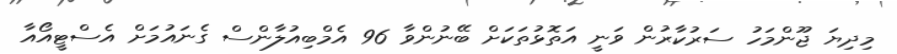
މިދިޔަ ޖޫންމަހު ސަރުކާރުން ވަނީ އަތޮޅުތަކަށް ބޭނުންވާ 96 އެމްބިއުލާންސް ގެނައުމަށް އެސްޓީއޯއާ